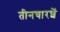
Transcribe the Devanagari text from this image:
तीनचारशें